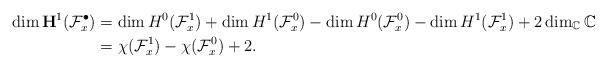
LaTeX: \begin{align*} \dim \mathbf{H}^1({\mathcal F}^{\bullet}_x) &= \dim H^0({\mathcal F}^1_x) + \dim H^1({\mathcal F}^0_x) -\dim H^0({\mathcal F}^0_x) - \dim H^1({\mathcal F}^1_x) + 2\dim_{\mathbb{C}}\mathbb{C} \\ &= \chi({\mathcal F}^1_x)-\chi({\mathcal F}^0_x) +2.\end{align*}